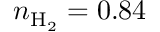
n _ { \mathrm { H _ { 2 } } } = 0 . 8 4